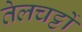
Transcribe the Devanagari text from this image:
तेलचट्टों